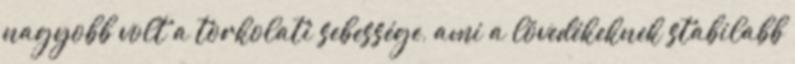
nagyobb volt a torkolati sebessége, ami a lövedékeknek stabilabb